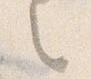
々